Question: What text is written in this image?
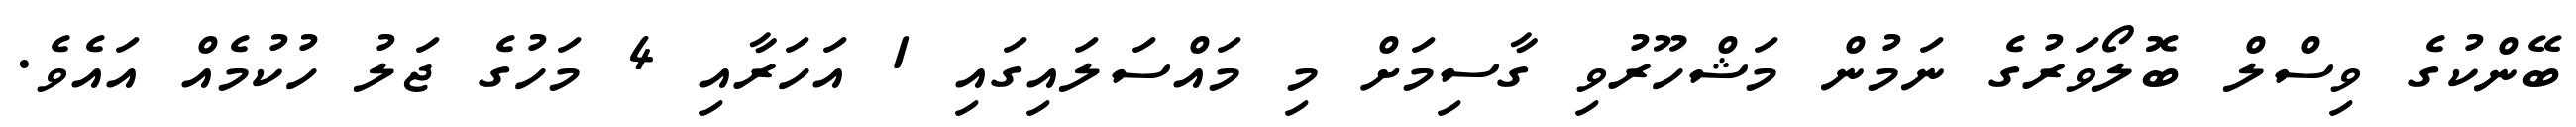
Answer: ބޭންކުގެ ވިސްލް ބޮލޯވަރުގެ ނަމުން މަޝްހޫރުވި ގާސިމަށް މި މައްސަލައިގައި 1 އަހަރާއި 4 މަހުގެ ޖަލު ހުކުމެއް އައެވެ.